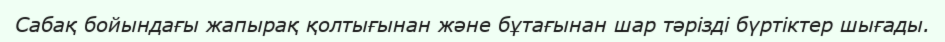
Сабақ бойындағы жапырақ қолтығынан және бұтағынан шар тәрізді бүртіктер шығады.